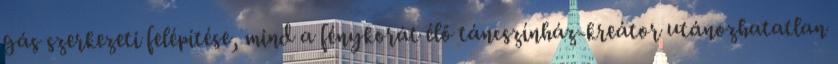
gás szerkezeti felépítése, mind a fénykorát élő táncszínház-kreátor utánozhatatlan